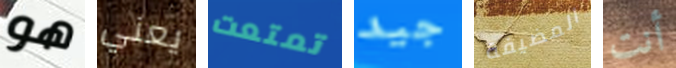
هو يعني تمتعت جيد المضيفة أنت